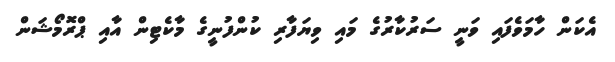
އެކަން ހާމަވެފައި ވަނީ ސަރުކާރުގެ މައި ވިޔަފާރި ކުންފުނީގެ މާކެޓިން އާއި ޕްރޮމޯޝަން